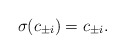
\begin{align*}\sigma(c_{\pm i}) = c_{\pm i}. \end{align*}